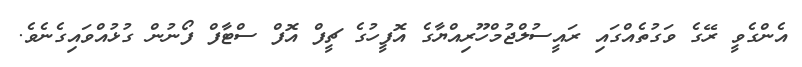
އެންގެވީ ރޭގެ ވަގުތެއްގައި ރައީސުލްޖުމްހޫރިއްޔާގެ އޮފީހުގެ ޗީފް އޮފް ސްޓާފް ފޯނުން ގުޅުއްވައިގެނެވެ.